65_HS1-834228961_62-HQ-83894_Section_8
Agency: FBI
Page 165
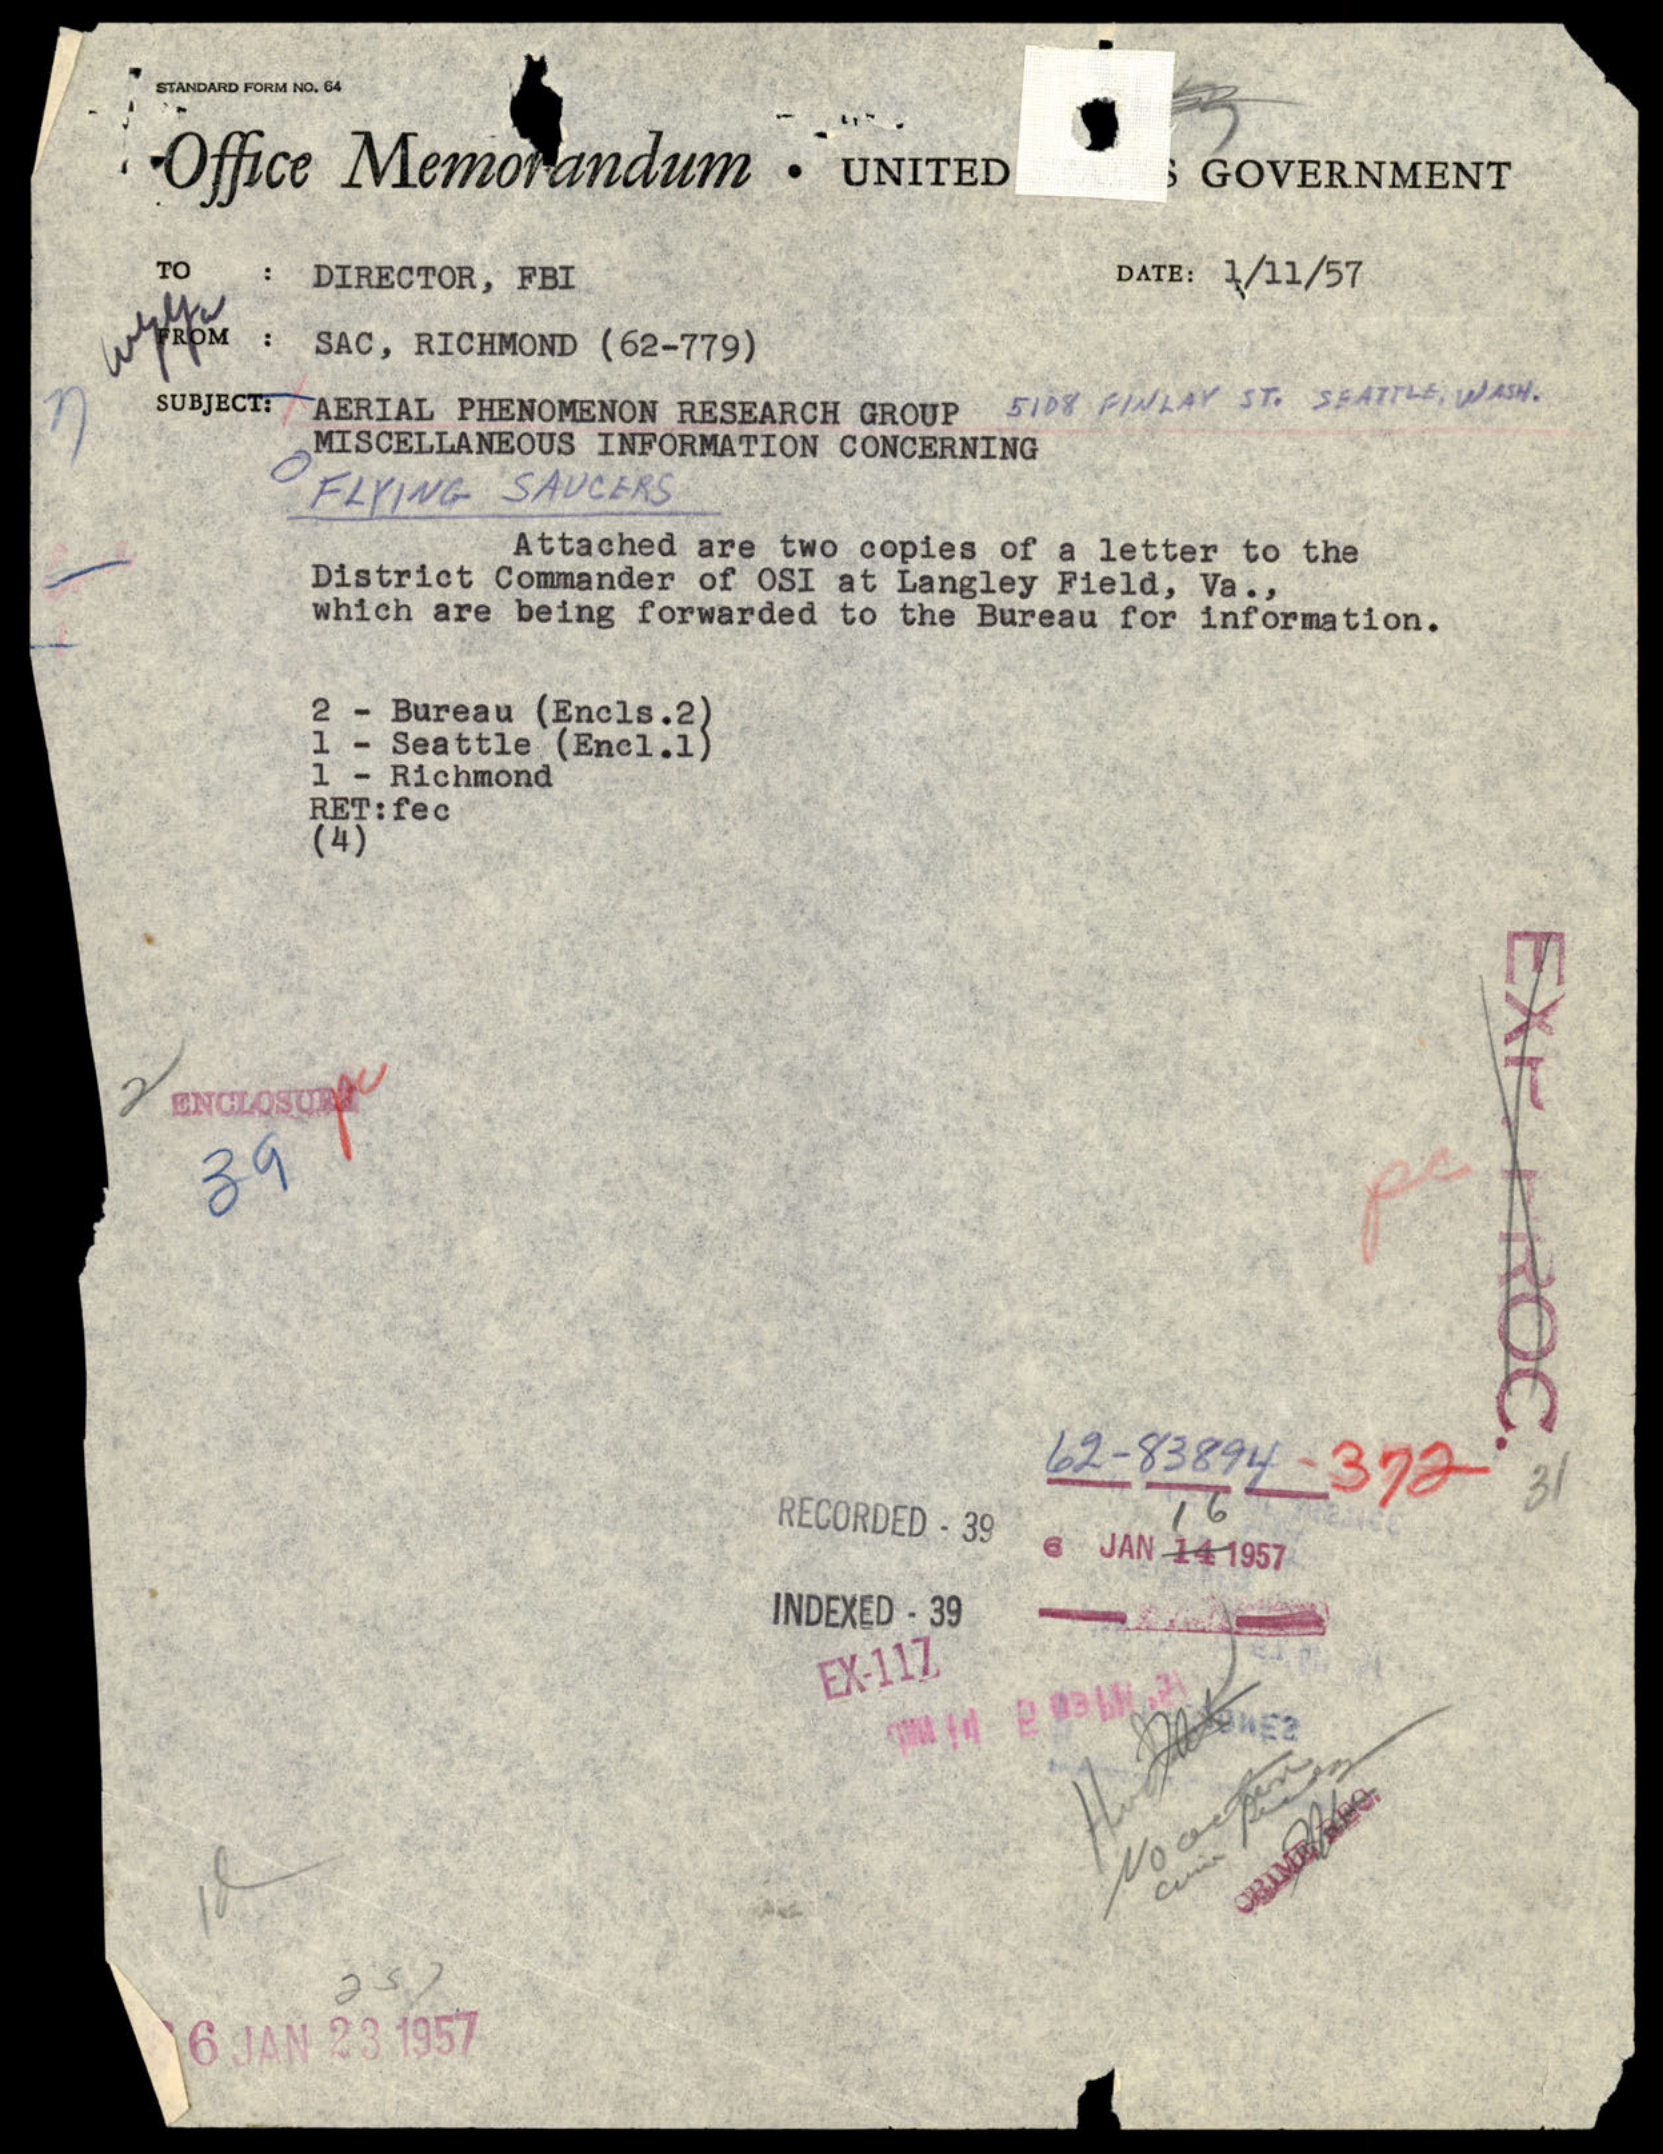